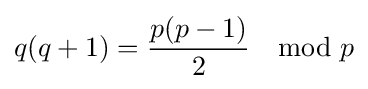
q(q+1)={\frac {p(p-1)}{2}}\mod p